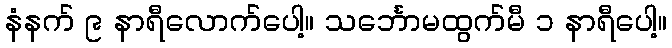
နံနက် ၉ နာရီလောက်ပေါ့။ သင်္ဘောမထွက်မီ ၁ နာရီပေါ့။